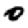
Digit: 0